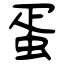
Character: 蛋